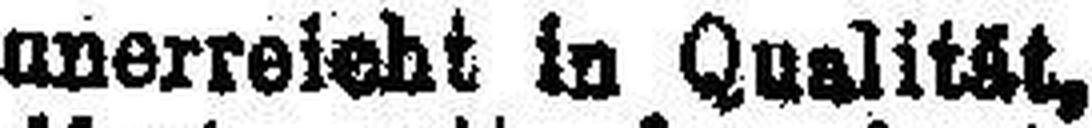
unerreicht in Qualität,